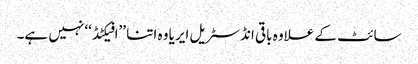
سائٹ کے علاوہ باقی انڈسٹریل ایریا وہ اتنا ’’افیکٹڈ‘‘ نہیں ہے۔